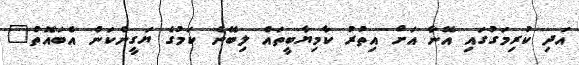
އަދި ކުރިމަގުގައި އޭނާ އަށް އިތުރު ކާމިޔާބީތައް ލިބޭނެ ކަމުގެ ޔަގީންކަން އެބައޮތް"